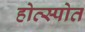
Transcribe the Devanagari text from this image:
होत्स्पोत